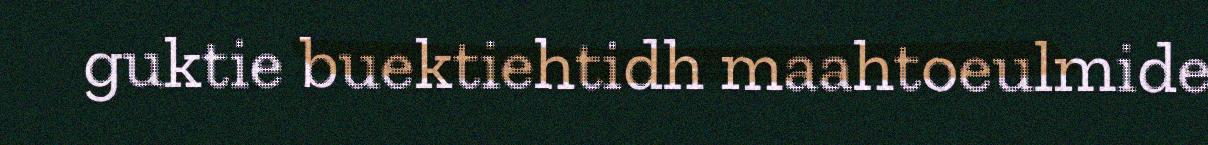
guktie buektiehtidh maahtoeulmide